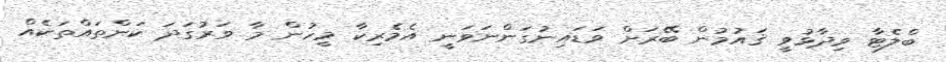
ބްލެޓާ ވިދާޅުވީ ޤައުމުން ބޭރަށް ވަޑައިނުގަންނަވަނީ އެމެރިކާ މީހުން މާ ވަރުގަދަ ކަންތައްތަކެއް